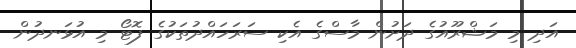
އަދި މި މަޝްރޫއުގެ ދަށުން މާސްގެ އެކި ސަރަހައްދުތަކުގެ ފޮޓޯ މި އުޅަނދުން